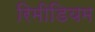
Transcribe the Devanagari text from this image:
रिमीडियम